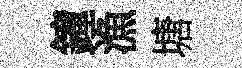
鐘漁塘